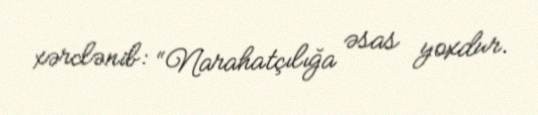
xərclənib: “Narahatçılığa əsas yoxdur.